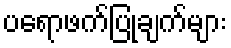
ပရောဖက်ပြုချက်များ